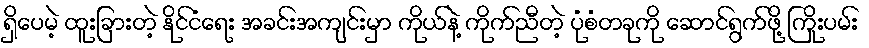
ရှိပေမဲ့ ထူးခြားတဲ့ နိုင်ငံရေး အခင်းအကျင်းမှာ ကိုယ်နဲ့ ကိုက်ညီတဲ့ ပုံစံတခုကို ဆောင်ရွက်ဖို့ ကြိုးပမ်း